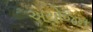
અયોજન